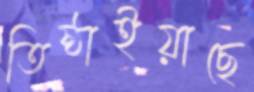
তিষ্ঠাইয়াছে